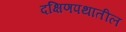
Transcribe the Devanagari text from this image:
दक्षिणपथातील